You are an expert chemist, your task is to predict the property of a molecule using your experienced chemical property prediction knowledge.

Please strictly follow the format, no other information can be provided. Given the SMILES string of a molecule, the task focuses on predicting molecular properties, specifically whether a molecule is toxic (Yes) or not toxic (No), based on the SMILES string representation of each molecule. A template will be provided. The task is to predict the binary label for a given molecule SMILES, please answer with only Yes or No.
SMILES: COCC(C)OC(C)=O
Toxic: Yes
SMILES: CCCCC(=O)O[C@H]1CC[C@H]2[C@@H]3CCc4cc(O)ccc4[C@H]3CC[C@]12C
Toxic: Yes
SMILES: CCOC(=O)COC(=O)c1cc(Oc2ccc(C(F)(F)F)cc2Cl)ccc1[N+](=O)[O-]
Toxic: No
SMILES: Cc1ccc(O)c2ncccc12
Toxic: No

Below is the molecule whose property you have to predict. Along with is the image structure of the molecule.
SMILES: CCOC(=O)[C@H](CCc1ccccc1)N[C@@H](C)C(=O)N1[C@H](C(=O)O)C[C@@H]2CCC[C@@H]21
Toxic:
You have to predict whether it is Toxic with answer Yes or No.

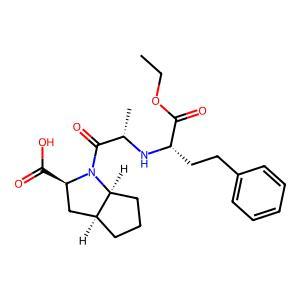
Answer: No